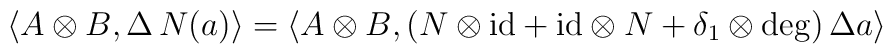
\langle A \otimes B , \Delta \, N (a) \rangle = \langle A \otimes B , (N \otimes {\rm id} + {\rm id} \otimes N + \delta_1 \otimes \deg) \, \Delta a \rangle